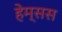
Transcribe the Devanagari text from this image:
हेम्सस